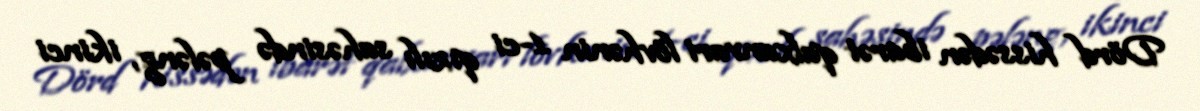
Dörd hissədən ibarət qalxanvari lövhənin 1-ci qızılı sahəsində pələng, ikinci